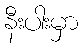
နီးပါးမှာ